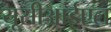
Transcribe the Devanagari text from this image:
यूसीआईएल